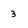
Character: 3